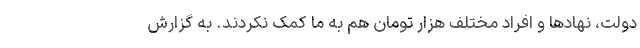
دولت، نهادها و افراد مختلف هزار تومان هم به ما کمک نکردند. به گزارش